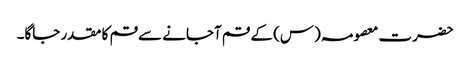
حضرت معصومہ (س) کے قم آجانے سے قم کا مقدر جاگا۔